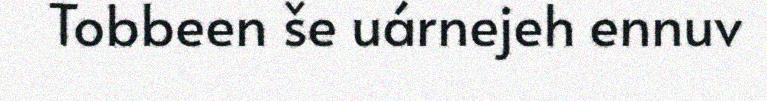
Tobbeen še uárnejeh ennuv